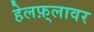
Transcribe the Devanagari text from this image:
हेलफ़्लावर